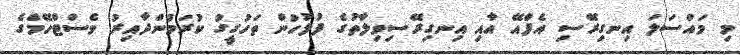
މި މައްސަލަ އިނގިރޭސި އެފްއޭ އާއި އިނގިރޭސިވިލާތުގެ ފުލުހުން ތަހުގީގު ކުރަމުންދާއިރު ވެސްޓްހޭމްގެ